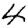
Digit: 4